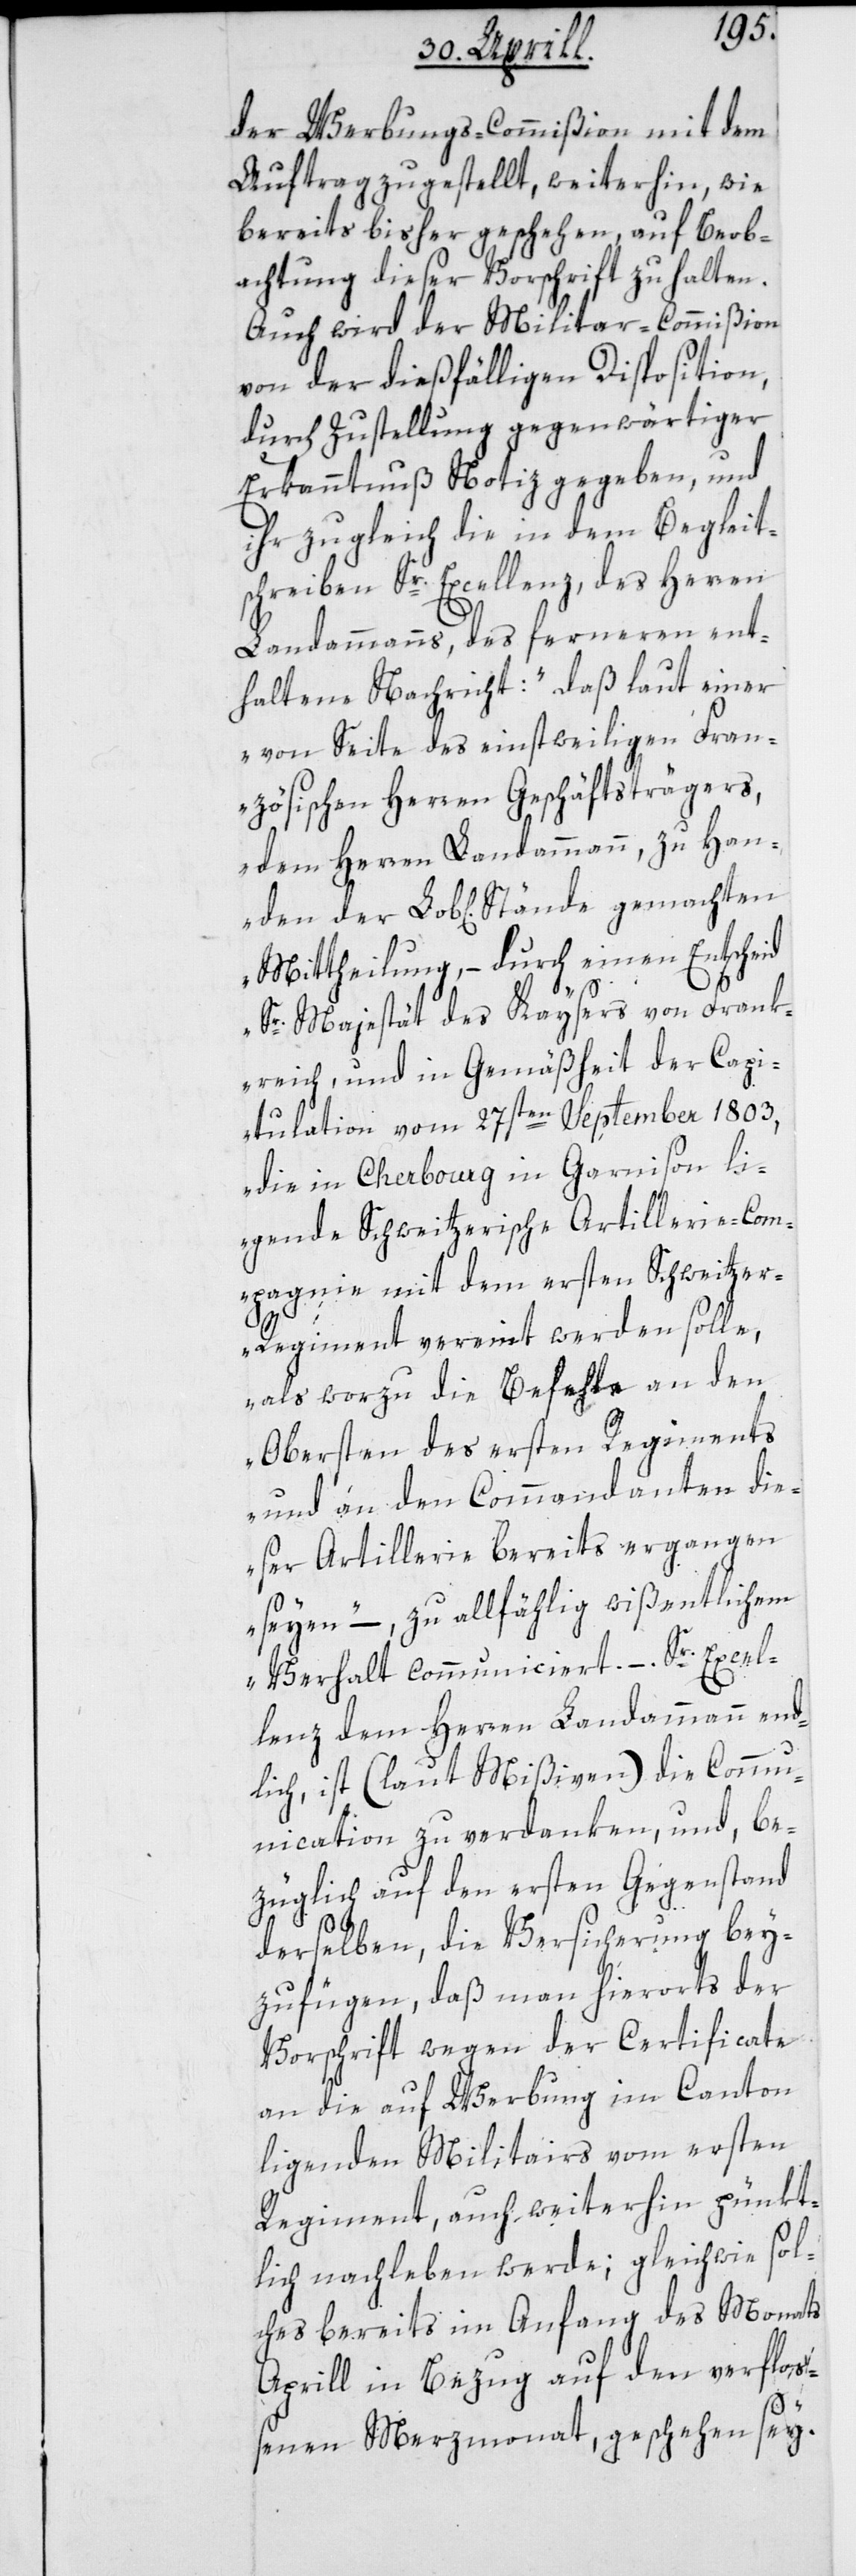
der Werbungs-Commißion mit dem
Auftrag zugestellt, weiterhin wie
bereits bisher geschehen, auf Beob¬
achtung dieser Vorschrift zu halten.
Auch wird der Militar-Commißion
von der dießfälligen Disposition,
durch Zustellung gegenwärtiger
Erkanntnuß Notiz gegeben, und
ihr zugleich die in dem Begleits¬
chreiben Sr. Excellenz, des Herren
Landammanns, des ferneren ent¬
haltene Nachricht: „daß laut einer
von Seite des einstweiligen Fran¬
zösischen Herren Geschäftsträgers,
dem Herren Landammann, zu Han¬
Mittheilung, – durch einen Entscheid
Sr. Majestät des Kaysers von Frank¬
reich, und in Gemäßheit der Capi¬
tulation vom 27sten September 1803,
die in Cherbourg in Garnison li¬
egende Schweitzerische Artillerie-Com¬
pagnie mit dem ersten Schweitze¬
gemachten
r-Regiment vereint werden solle,
als worzu die Befehle an den
Obersten des ersten Regiments
und an den Commandanten die¬
ser Artillerie bereits ergangen
seyen“, – zu allfählig wißentlichem
Verhalt communiciert. – Sr. Excel¬
lenz dem Herren Landammann end¬
lich, ist (laut Mißiven) die Commu¬
nication zu verdanken, und be¬
züglich auf den ersten Gegenstand
derselben, die Versicherung bey¬
zufügen, daß man hierorts der
Vorschrift wegen der Certificate
an die auf Werbung im Canton
liegenden Militairs vom ersten
Regiment, auch weiterhin pünkt¬
lich nachleben werde; gleichwie sol¬
ches bereits im Anfang des Monats
Aprill in Bezug auf den verfloß¬
enen Merzmonat, geschehen sey.